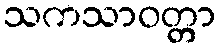
သကသာဝတ္တာ